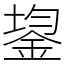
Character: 鋆